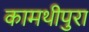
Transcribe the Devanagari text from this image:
कामथीपुरा